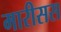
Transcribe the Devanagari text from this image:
मारीसस